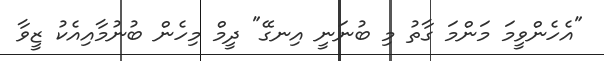
"އެހެންވީމަ މަންމަ ގާތު މި ބުނަނީ އިނގޭ" ދީމް މިހެން ބުނުމާއިއެކު ޒީވާ